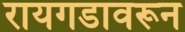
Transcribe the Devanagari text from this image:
रायगडावरून